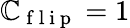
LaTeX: \mathbb{C}_{\mathrm{{~f~l~i~p~}}}=1